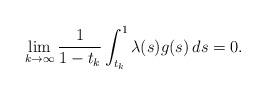
\begin{align*}\lim_{k\to\infty}\frac{1}{1-t_k}\int_{t_k}^1\lambda(s)g(s)\,ds=0.\end{align*}